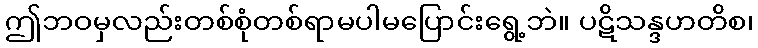
ဤဘဝမှလည်းတစ်စုံတစ်ရာမပါမပြောင်းရွေ့ဘဲ။ ပဋိသန္ဒဟတိစ၊